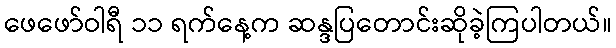
ဖေဖော်ဝါရီ ၁၁ ရက်နေ့က ဆန္ဒပြတောင်းဆိုခဲ့ကြပါတယ်။